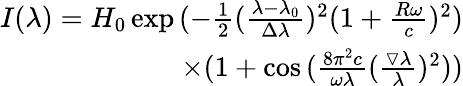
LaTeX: \begin{array}{r}{I(\lambda)=H_{0}\exp{(-\frac{1}{2}(\frac{\lambda-\lambda_{0}}{\Delta\lambda})^{2}(1+\frac{R\omega}{c})^{2})}}\\ {\times(1+\cos{(\frac{8\pi^{2}c}{\omega\lambda}(\frac{\triangledown\lambda}{\lambda})^{2})})}\end{array}